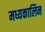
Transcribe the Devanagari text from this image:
मध्यकालिन